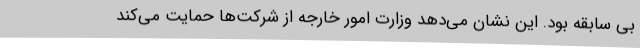
بی سابقه بود. این نشان می‌دهد وزارت امور خارجه از شرکت‌ها حمایت می‌کند